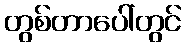
တွစ်တာပေါ်တွင်